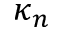
\kappa _ { n }